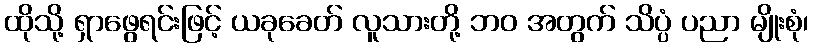
ထိုသို့ ရှာဖွေရင်းဖြင့် ယခုခေတ် လူသားတို့ ဘဝ အတွက် သိပ္ပံ ပညာ မျိုးစုံ၊